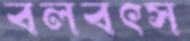
বলবৎস